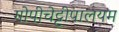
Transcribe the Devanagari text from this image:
गोपीचेट्टीपालयम